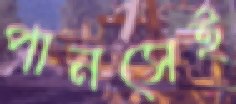
পানসেই